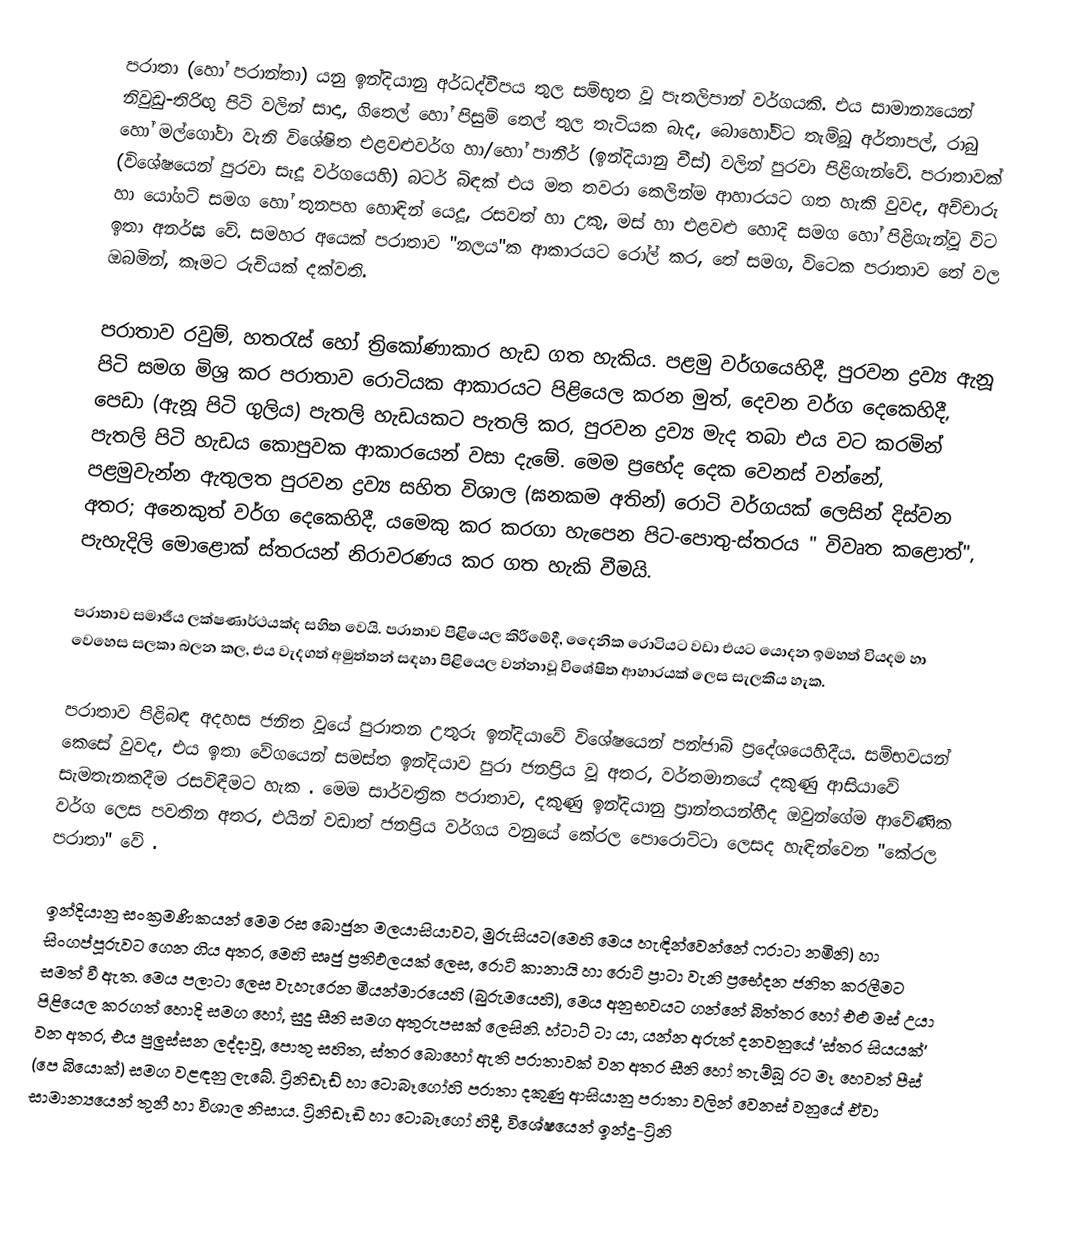
පරාතා (හෝ පරාන්තා) යනු ඉන්දියානු අර්ධද්වීපය තුල සම්භූත වූ පැතලිපාන්  වර්ගයකි. එය සාමාන්‍යයෙන්  නිවුඩු-තිරිඟු පිටි වලින් සාදා, ගිතෙල් හෝ පිසුම් තෙල් තුල තැටියක බැද, බොහෝවිට තැම්බූ  අර්තාපල්, රාබු හෝ මල්ගෝවා වැනි විශේෂිත එළවළුවර්ග හා/හෝ පානීර් (ඉන්දියානු චීස්) වලින් පුරවා පිළිගැන්වේ. පරාතාවක් (විශේෂයෙන් පුරවා සැදූ වර්ගයෙහි) බටර් බිඳක් එය මත තවරා කෙලින්ම ආහාරයට ගත හැකි වුවද, අච්චාරු හා යෝගට් සමග හෝ තුනපහ හොඳින් ‍යෙදූ, රසවත් හා උකු, මස් හා එළවළු හොදි සමග හෝ පිළිගැන්වූ විට ඉතා අනර්ඝ වේ. සමහර අයෙක් පරාතාව "නලය"ක ආකාරයට රෝල් කර, තේ සමග, විටෙක පරාතාව තේ වල ඔබමින්, කෑමට රුචියක් දක්වති.

පරාතාව රවුම්, හතරැස් හෝ ත්‍රිකෝණාකාර හැඩ ගත හැකිය. පළමු වර්ගයෙහිදී, පුරවන ද්‍රව්‍ය ඇනූ පිටි සමග මිශ්‍ර කර පරාතාව රොටියක ආකාරයට පිළියෙල කරන මුත්, දෙවන වර්ග දෙකෙහිදී, පෙඩා (ඇනූ පිටි ගුලිය) පැතලි හැඩයකට පැතලි කර, පුරවන ද්‍රව්‍ය මැද තබා එය වට කරමින් පැතලි පිටි හැඩය කොපුවක ආකාරයෙන්  වසා දැමේ. මෙම ප්‍රභේද දෙක වෙනස් වන්නේ, පළමුවැන්න  ඇතුලත පුරවන ද්‍රව්‍ය සහිත විශාල (ඝනකම අතින්) රොටි වර්ගයක් ලෙසින් දිස්වන අතර; අනෙකුත් වර්ග දෙකෙහිදී, යමෙකු කර කරගා හැපෙන පිට-පොතු-ස්තරය " විවෘත කළොත්",  පැහැදිලි මොළොක් ස්තරයන් නිරාවරණය කර ගත හැකි වීමයි.

පරාතාව සමාජීය ලක්ෂණාර්ථයක්ද සහිත වෙයි. පරාතාව පිළියෙල කිරීමේදී, දෛනික රොටියට වඩා එයට යොදන ඉමහත් වියදම හා  වෙහෙස සලකා බලන කල, එය වැදගත් අමුත්තන් සඳහා පිළියෙල වන්නාවූ විශේෂිත ආහාරයක් ලෙස සැලකිය හැක.

පරාතාව පිළිබඳ අදහස ජනිත වූයේ පුරාතන උතුරු ඉන්දියාවේ විශේෂයෙන් පන්ජාබ් ප්‍රදේශයෙහිදීය. සම්භවයන් කෙසේ වුවද,  එය ඉතා වේගයෙන් සමස්ත ඉන්දියාව පුරා ජනප්‍රිය වූ අතර, වර්තමානයේ දකුණු ආසියාවේ සැමතැනකදීම රසවිඳීමට හැක . මෙම සාර්වත්‍රික පරාතාව, දකුණු ඉන්දියානු ප්‍රාන්තයන්හීද ඔවුන්ගේම ආවේණික වර්ග ලෙස පවතින අතර, එයින් වඩාත් ජනප්‍රිය වර්ගය වනුයේ කේරල පොරොට්ටා ලෙසද හැඳින්වෙන "කේරල පරාතා" වේ .

ඉන්දියානු සංක්‍රමණිකයන් මෙම රස බොජුන මලයාසියාවට,  මුරුසියට(මෙහි මෙය හැඳින්වෙන්නේ  ෆරාටා නමිනි)  හා  සිංගප්පූරුවට ගෙන ගිය අතර, මෙහි සෘජු ප්‍රතිඵලයක් ලෙස, රොටි කානායි හා රොටි ප්‍රාටා වැනි ප්‍රභේදන ජනිත කරලීමට සමත් වී ඇත. මෙය පලාටා ලෙස වැහැරෙන මියන්මාරයෙහි (බුරුමයෙහි), මෙය අනුභවයට ගන්නේ බිත්තර හෝ එළු මස් උයා පිළියෙල කරගත් හොදි සමග හෝ, සුදු සීනි සමග අතුරුපසක් ලෙසිනි. හ්ටාට් ටා යා, යන්න අරුත් දනවනුයේ  'ස්තර සියයක්' වන අතර, එය පුලුස්සන ලද්දාවූ, පොතු සහිත, ස්තර බොහෝ ඇති පරාතාවක් වන අතර සීනි හෝ තැම්බූ රට මෑ හෙවත් පීස් (පෙ බියොක්) සමග වළඳනු ලැබේ. ට්‍රිනිඩෑඩ් හා ටොබෑගෝහි පරාතා දකුණු ආසියානු පරාතා වලින් වෙනස් වනුයේ ඒවා සාමාන්‍යයෙන් තුනී හා විශාල නිසාය. ට්‍රිනිඩෑඩි හා ටොබෑගෝ හිදී, විශේෂයෙන්  ඉන්දු-ට්‍රිනි